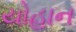
યોહાન